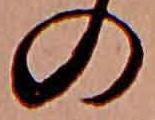
の